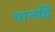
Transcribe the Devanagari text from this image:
पानदि